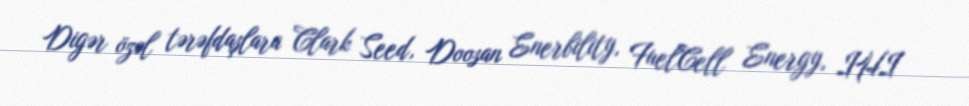
Digər özəl tərəfdaşlara Clark Seed, Doosan Enerbility, FuelCell Energy, IHI